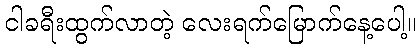
ငါခရီးထွက်လာတဲ့ လေးရက်မြောက်နေ့ပေါ့။